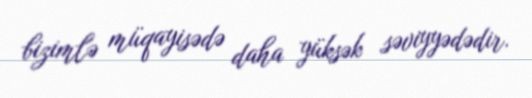
bizimlə müqayisədə daha yüksək səviyyədədir.